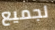
لجميع